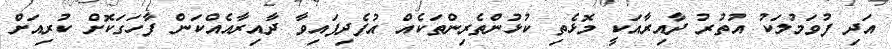
އަދި ފުވަމުލަކު އުތުރު ދާއިރާއަކީ މޮޅެތި ކުޅުންތެރިންތަކެއް އުފެދިފައިވާ ދާއިރާއެއްކަން ފާހަގަކޮށް ކުރިއަށް